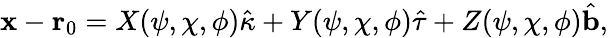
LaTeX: \mathbf{x}-\mathbf{r}_{0}=X(\psi,\chi,\phi)\hat{\kappa}+Y(\psi,\chi,\phi)\hat{\tau}+Z(\psi,\chi,\phi)\hat{\mathbf{b}},